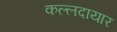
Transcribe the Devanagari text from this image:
कल्लदायार